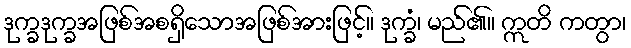
ဒုက္ခဒုက္ခအဖြစ်အစရှိသောအဖြစ်အားဖြင့်။ ဒုက္ခံ၊ မည်၏။ ဣတိ ကတွာ၊